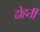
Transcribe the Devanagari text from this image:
दोहर्ती